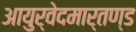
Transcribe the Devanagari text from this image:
आयुर्वेदमार्तण्ड